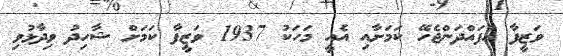
ވަޒީފާ އުފައްދަންޖެހޭ ކަމަށާއި އެއީ މަހަކު 1937 ވަޒީފާ ކަމަށް ޝާހިދު ވިދާޅުވި